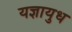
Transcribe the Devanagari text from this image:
यज्ञायुध